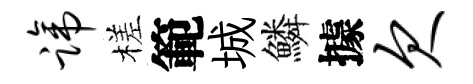
蹄槎範城鱗據欠